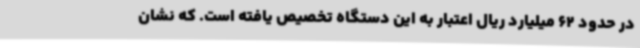
در حدود 62 میلیارد ریال اعتبار به این دستگاه تخصیص یافته است. که نشان